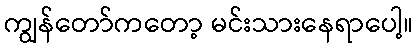
ကျွန်တော်ကတော့ မင်းသားနေရာပေါ့။